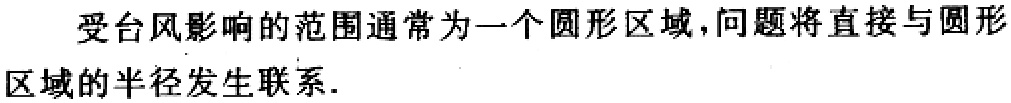
受台风影响的范围通常为一个圆形区域,问题将直接与圆形区域的半径发生联系.